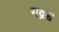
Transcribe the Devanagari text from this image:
यद्रश्च